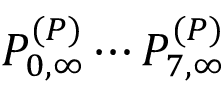
P _ { 0 , \infty } ^ { ( P ) } \cdots P _ { 7 , \infty } ^ { ( P ) }